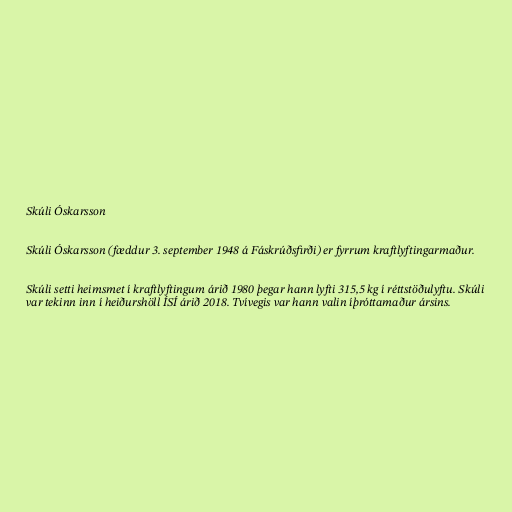
Skúli Óskarsson

Skúli Óskarsson (fæddur 3. september 1948 á Fáskrúðsfirði) er fyrrum kraftlyftingarmaður.

Skúli setti heimsmet í kraftlyftingum árið 1980 þegar hann lyfti 315,5 kg í réttstöðulyftu. Skúli
var tekinn inn í heiðurshöll ÍSÍ árið 2018. Tvívegis var hann valin íþróttamaður ársins.